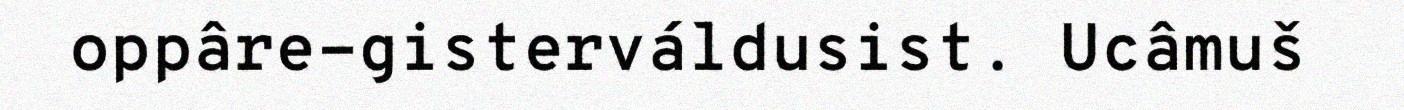
oppâre-gisterváldusist. Ucâmuš